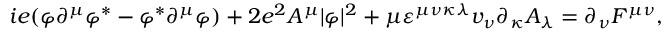
i e ( \varphi \partial ^ { \mu } \varphi ^ { \ast } - \varphi ^ { \ast } \partial ^ { \mu } \varphi ) + 2 e ^ { 2 } A ^ { \mu } | \varphi | ^ { 2 } + \mu \varepsilon ^ { \mu \nu \kappa \lambda } v _ { \nu } \partial _ { \kappa } A _ { \lambda } = \partial _ { \nu } F ^ { \mu \nu } ,